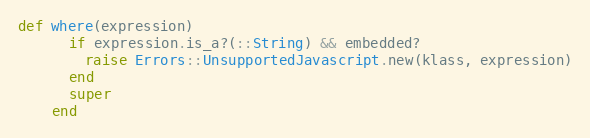
Language: Ruby
def where(expression)
      if expression.is_a?(::String) && embedded?
        raise Errors::UnsupportedJavascript.new(klass, expression)
      end
      super
    end